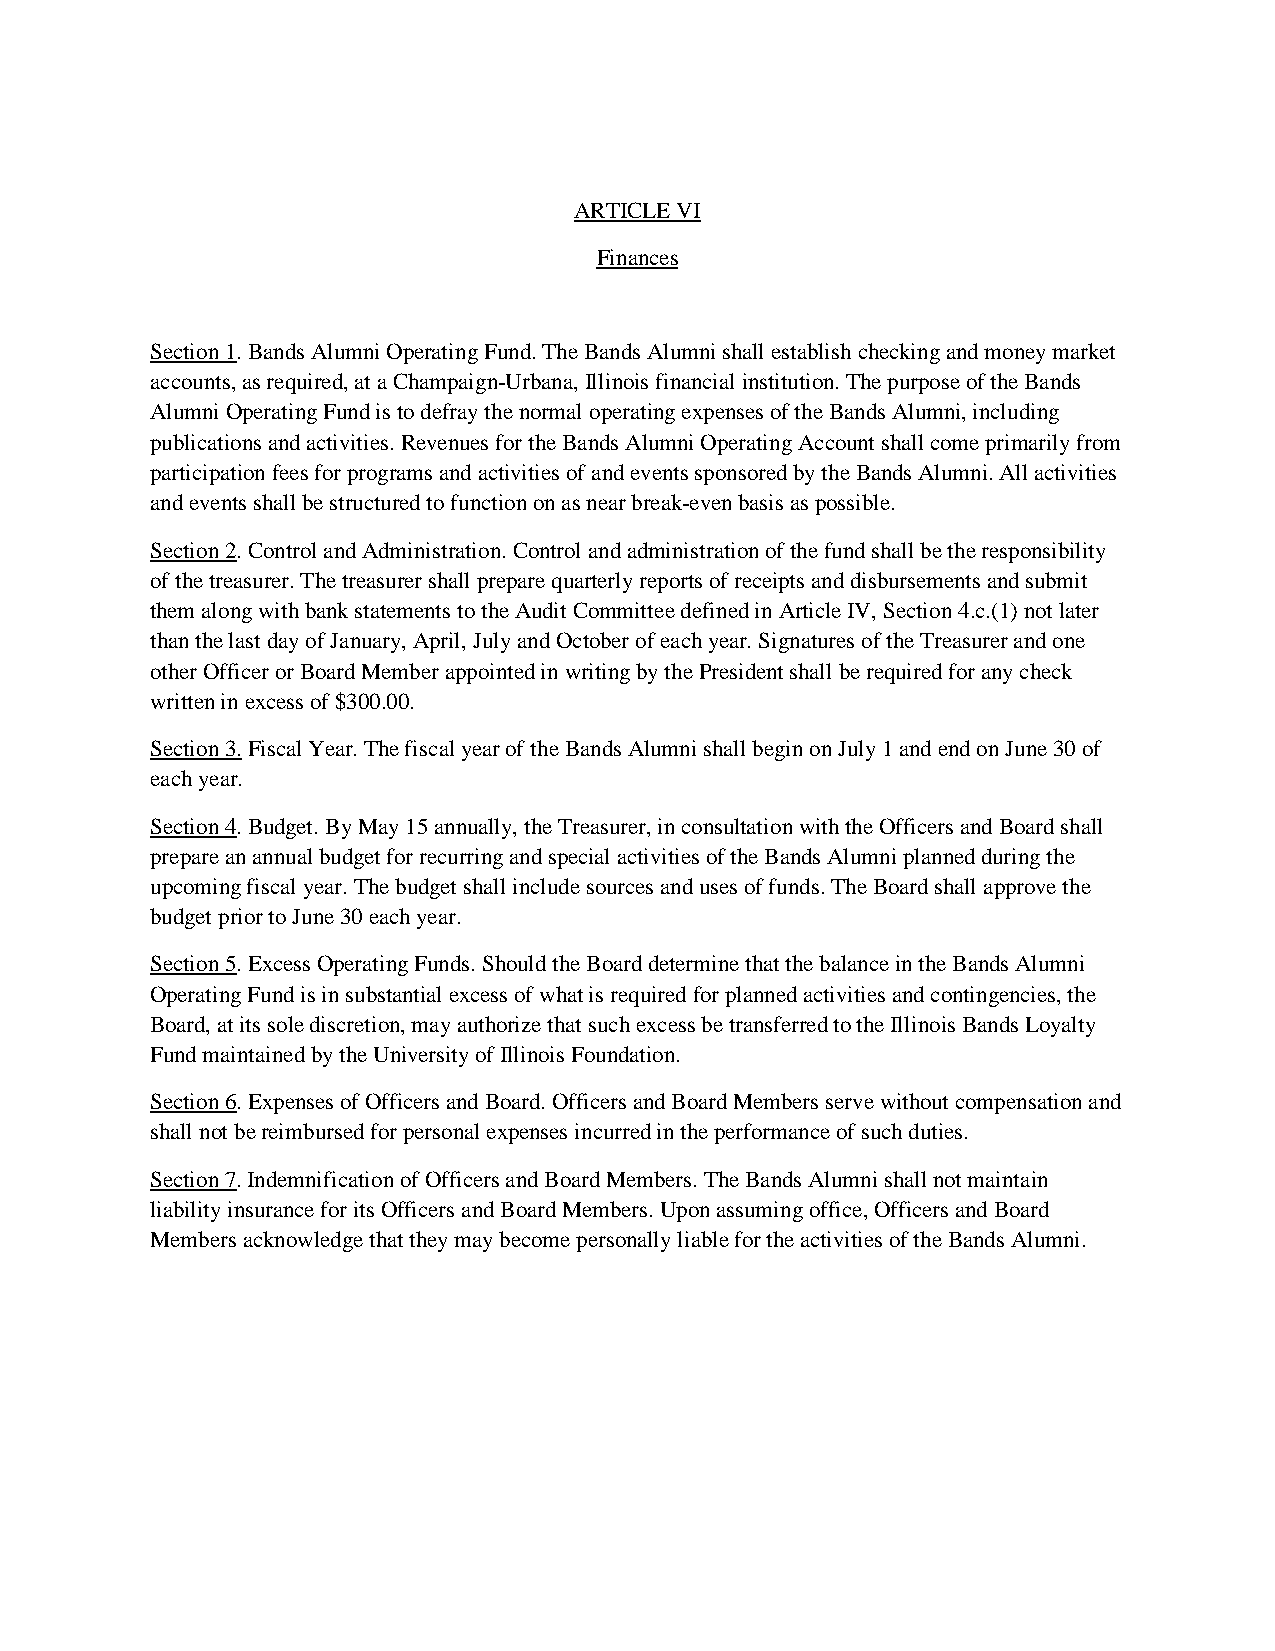
ARTICLE VI
 Finances
 Section 1. Bands Alumni Operating Fund. The Bands Alumni shall establish checking and money market
 accounts, as required, at a Champaign-Urbana, Illinois financial institution. The purpose of the Bands
 Alumni Operating Fund is to defray the normal operating expenses of the Bands Alumni, including
 publications and activities. Revenues for the Bands Alumni Operating Account shall come primarily from
 participation fees for programs and activities of and events sponsored by the Bands Alumni. All activities
 and events shall be structured to function on as near break-even basis as possible.
 Section 2. Control and Administration. Control and administration of the fund shall be the responsibility
 of the treasurer. The treasurer shall prepare quarterly reports of receipts and disbursements and submit
 them along with bank statements to the Audit Committee defined in Article IV, Section 4.c.(1) not later
 than the last day of January, April, July and October of each year. Signatures of the Treasurer and one
 other Officer or Board Member appointed in writing by the President shall be required for any check
 written in excess of $300.00.
 Section 3. Fiscal Year. The fiscal year of the Bands Alumni shall begin on July 1 and end on June 30 of
 each year.
 Section 4. Budget. By May 15 annually, the Treasurer, in consultation with the Officers and Board shall
 prepare an annual budget for recurring and special activities of the Bands Alumni planned during the
 upcoming fiscal year. The budget shall include sources and uses of funds. The Board shall approve the
 budget prior to June 30 each year.
 Section 5. Excess Operating Funds. Should the Board determine that the balance in the Bands Alumni
 Operating Fund is in substantial excess of what is required for planned activities and contingencies, the
 Board, at its sole discretion, may authorize that such excess be transferred to the Illinois Bands Loyalty
 Fund maintained by the University of Illinois Foundation.
 Section 6. Expenses of Officers and Board. Officers and Board Members serve without compensation and
 shall not be reimbursed for personal expenses incurred in the performance of such duties.
 Section 7. Indemnification of Officers and Board Members. The Bands Alumni shall not maintain
 liability insurance for its Officers and Board Members. Upon assuming office, Officers and Board
 Members acknowledge that they may become personally liable for the activities of the Bands Alumni.